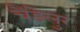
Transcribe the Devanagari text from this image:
चैंडेलुर